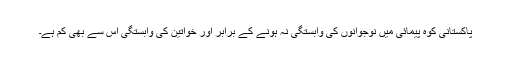
پاکستانی کوہ پیمائی میں نوجوانوں کی وابستگی نہ ہونے کے برابر اور خواتین کی وابستگی اس سے بھی کم ہے۔